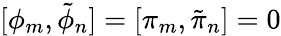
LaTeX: [\phi_{m},\tilde{\phi}_{n}]=[\pi_{m},\tilde{\pi}_{n}]=0